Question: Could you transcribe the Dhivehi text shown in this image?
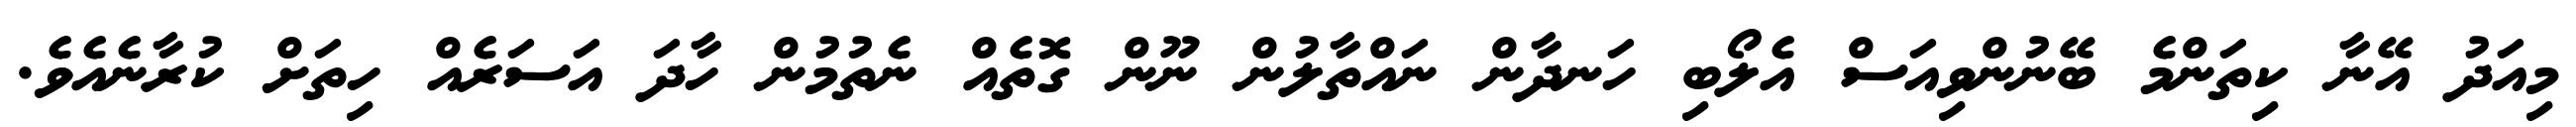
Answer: މިއަދު އޭނާ ކިތަންމެ ބޭނުންވިއަސް އެލޯބި ހަނދާން ނައްތާލުން ނޫން ގޮތެއް ނެތުމުން ހާދަ އަސަރެއް ހިތަށް ކުރާނެއެވެ.